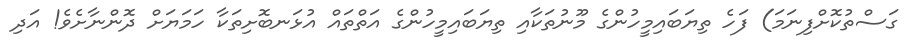
ގަސްތުކޮށްފިނަމަ) ފަހެ ތިޔަބައިމީހުންގެ މޫނުތަކާއި ތިޔަބައިމީހުންގެ އަތްތައް އުޅަނބޮށިތަކާ ހަމަޔަށް ދޮންނާށެވެ! އަދި